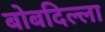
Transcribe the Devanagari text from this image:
बोबदिल्ला